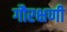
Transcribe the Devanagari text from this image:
गौरक्षणी